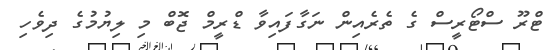
ޓްރޫ ސްޓޯރީސް ގެ ތެރެއިން ނަގާފައިވާ ޑްރީމް ޖޮބް މި ލިޔުމުގެ ދިވެހި